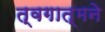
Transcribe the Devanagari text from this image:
त्वगात्मने